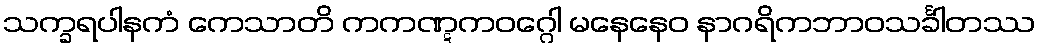
သက္ခရပါနကံ ကေသာတိ ကကဏ္ဋကဝဂ္ဂေါ မနေနေဝ နာဂရိကဘာဝသင်္ခါတဿ